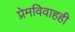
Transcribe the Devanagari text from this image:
प्रेमविवाहही